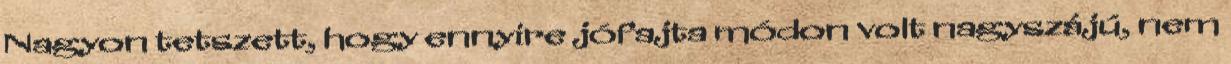
Nagyon tetszett, hogy ennyire jófajta módon volt nagyszájú, nem